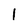
Character: 1